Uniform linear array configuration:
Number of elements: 4
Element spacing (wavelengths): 0.25
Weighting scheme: uniform
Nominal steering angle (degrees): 15
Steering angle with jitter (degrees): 15.68
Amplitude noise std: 0.05
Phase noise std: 0.05

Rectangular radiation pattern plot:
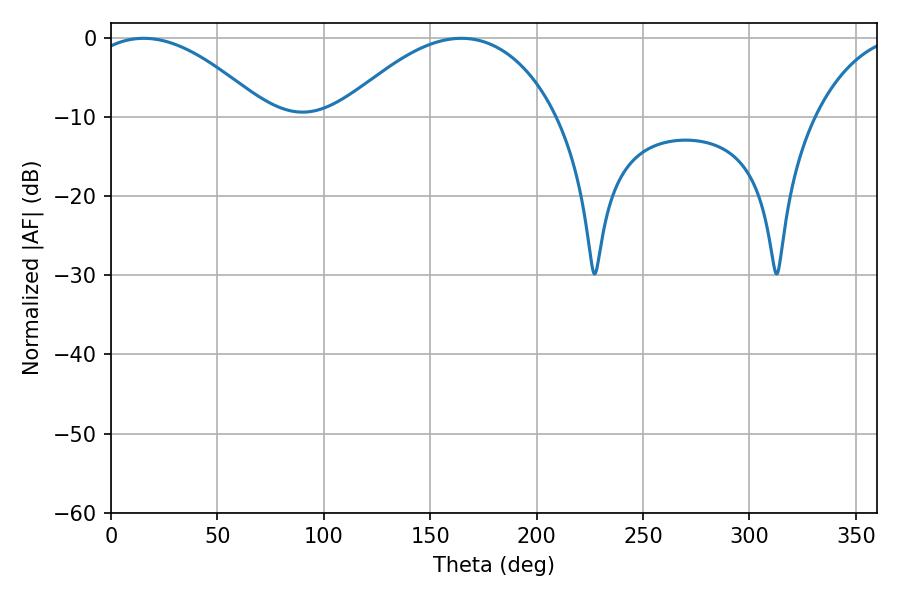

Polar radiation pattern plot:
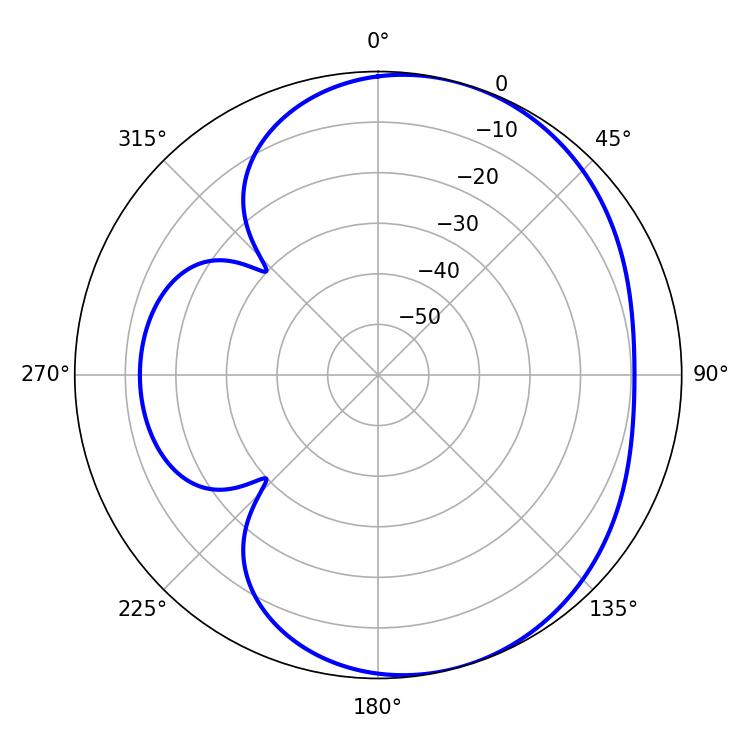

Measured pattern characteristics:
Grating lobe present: FALSE
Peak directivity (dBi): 4.819
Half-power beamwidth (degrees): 46.08
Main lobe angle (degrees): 15.3